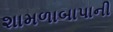
શામળાબાપાની